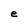
Character: e